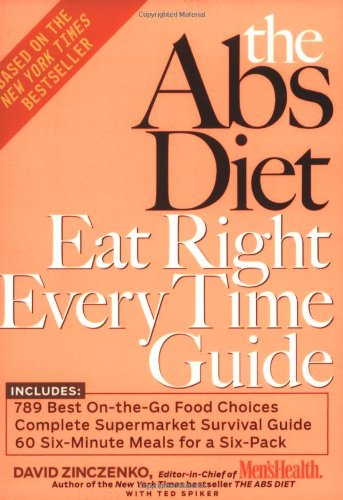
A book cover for The Abs Diet Eat Right Every Time Guide; David Zinczenko; Health, Fitness & Dieting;